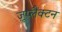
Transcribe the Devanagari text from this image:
ज़ूप्लैंक्टन